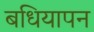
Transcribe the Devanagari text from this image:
बधियापन